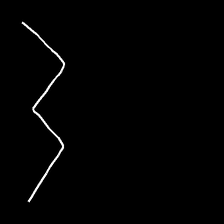
Glyph: crush